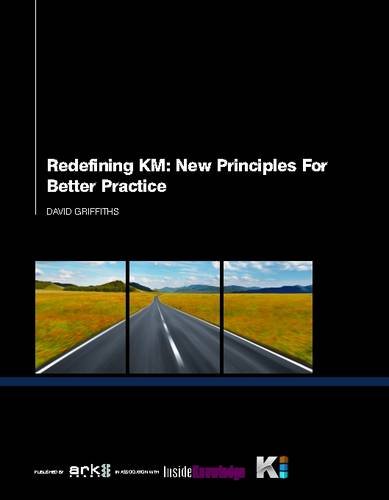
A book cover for Redefining KM: New Principles for Better Practice; David Griffiths; Business & Money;